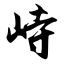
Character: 峙